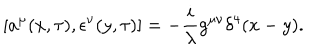
[ a ^ { \mu } ( x , \tau ) , \epsilon ^ { \nu } ( y , \tau ) ] = - \frac { i } { \lambda } g ^ { \mu \nu } \delta ^ { 4 } ( x - y ) .